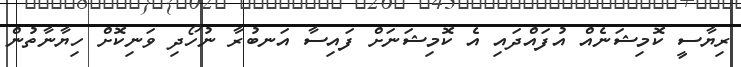
ރިޔާސީ ކޮމިޝަނެއް އުފައްދައި އެ ކޮމިޝަނަށް ފައިސާ އަނބުރާ ނުހޯދި ވަނިކޮށް ހިޔާނާތުން